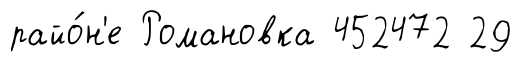
райо́н'е Романовка 452472 29